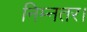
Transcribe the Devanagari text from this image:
निम्नतर।